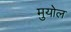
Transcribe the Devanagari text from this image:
मुयोल